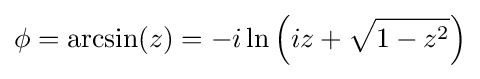
\phi =\arcsin(z)=-i\ln \left(iz+{\sqrt {1-z^{2}}}\right)